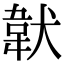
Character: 𩎓